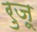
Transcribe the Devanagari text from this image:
रुज़ू